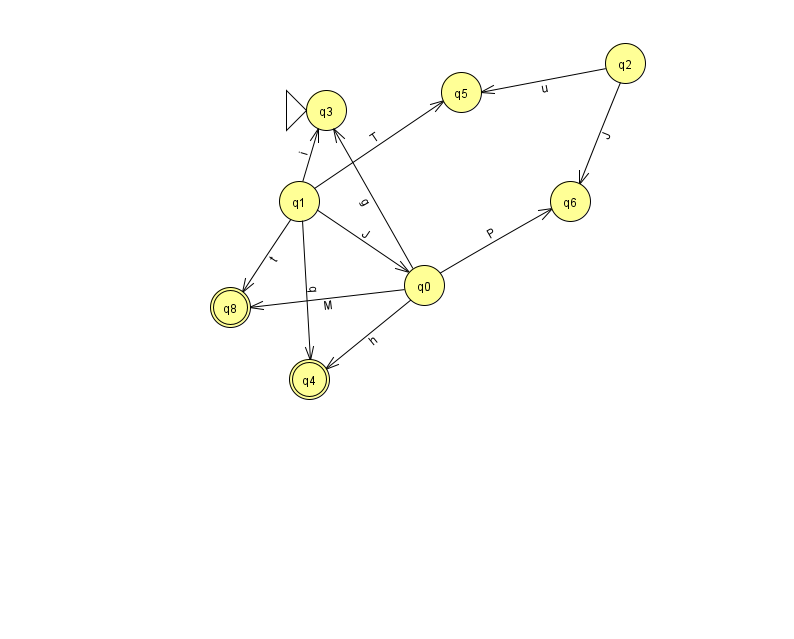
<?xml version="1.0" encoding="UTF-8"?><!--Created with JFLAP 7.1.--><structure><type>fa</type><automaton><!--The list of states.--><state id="0" name="q0"><x>424.0</x><y>272.0</y></state><state id="1" name="q1"><x>299.0</x><y>188.0</y></state><state id="2" name="q2"><x>625.0</x><y>50.0</y></state><state id="3" name="q3"><x>326.0</x><y>97.0</y><initial/></state><state id="4" name="q4"><x>309.0</x><y>366.0</y><final/></state><state id="5" name="q5"><x>461.0</x><y>79.0</y></state><state id="6" name="q6"><x>570.0</x><y>188.0</y></state><state id="8" name="q8"><x>230.0</x><y>294.0</y><final/></state><!--The list of transitions.--><transition><from>1</from><to>3</to><read>i</read></transition><transition><from>0</from><to>6</to><read>P</read></transition><transition><from>1</from><to>8</to><read>t</read></transition><transition><from>0</from><to>4</to><read>h</read></transition><transition><from>1</from><to>5</to><read>T</read></transition><transition><from>1</from><to>0</to><read>J</read></transition><transition><from>2</from><to>5</to><read>u</read></transition><transition><from>0</from><to>3</to><read>g</read></transition><transition><from>2</from><to>6</to><read>J</read></transition><transition><from>0</from><to>8</to><read>M</read></transition><transition><from>1</from><to>4</to><read>q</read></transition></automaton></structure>